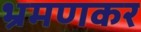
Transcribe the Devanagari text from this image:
भ्रमणकर